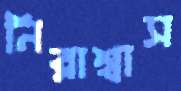
নিরাশ্বাস